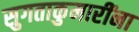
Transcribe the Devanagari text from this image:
सुगताकुमारींना